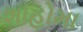
શાહોમા